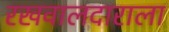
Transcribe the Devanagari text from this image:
रखवालदाराला